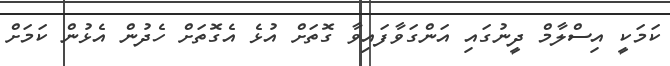
ކަމަކީ އިސްލާމް ދީނުގައި އަންގަވާފައިވާ ގޮތަށް އުޅެ އެގޮތަށް ހެދުން އެޅުން ކަމަށް